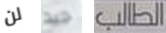
لن جيد الطالب